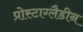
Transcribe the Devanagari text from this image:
प्रोस्टाग्लैडीन